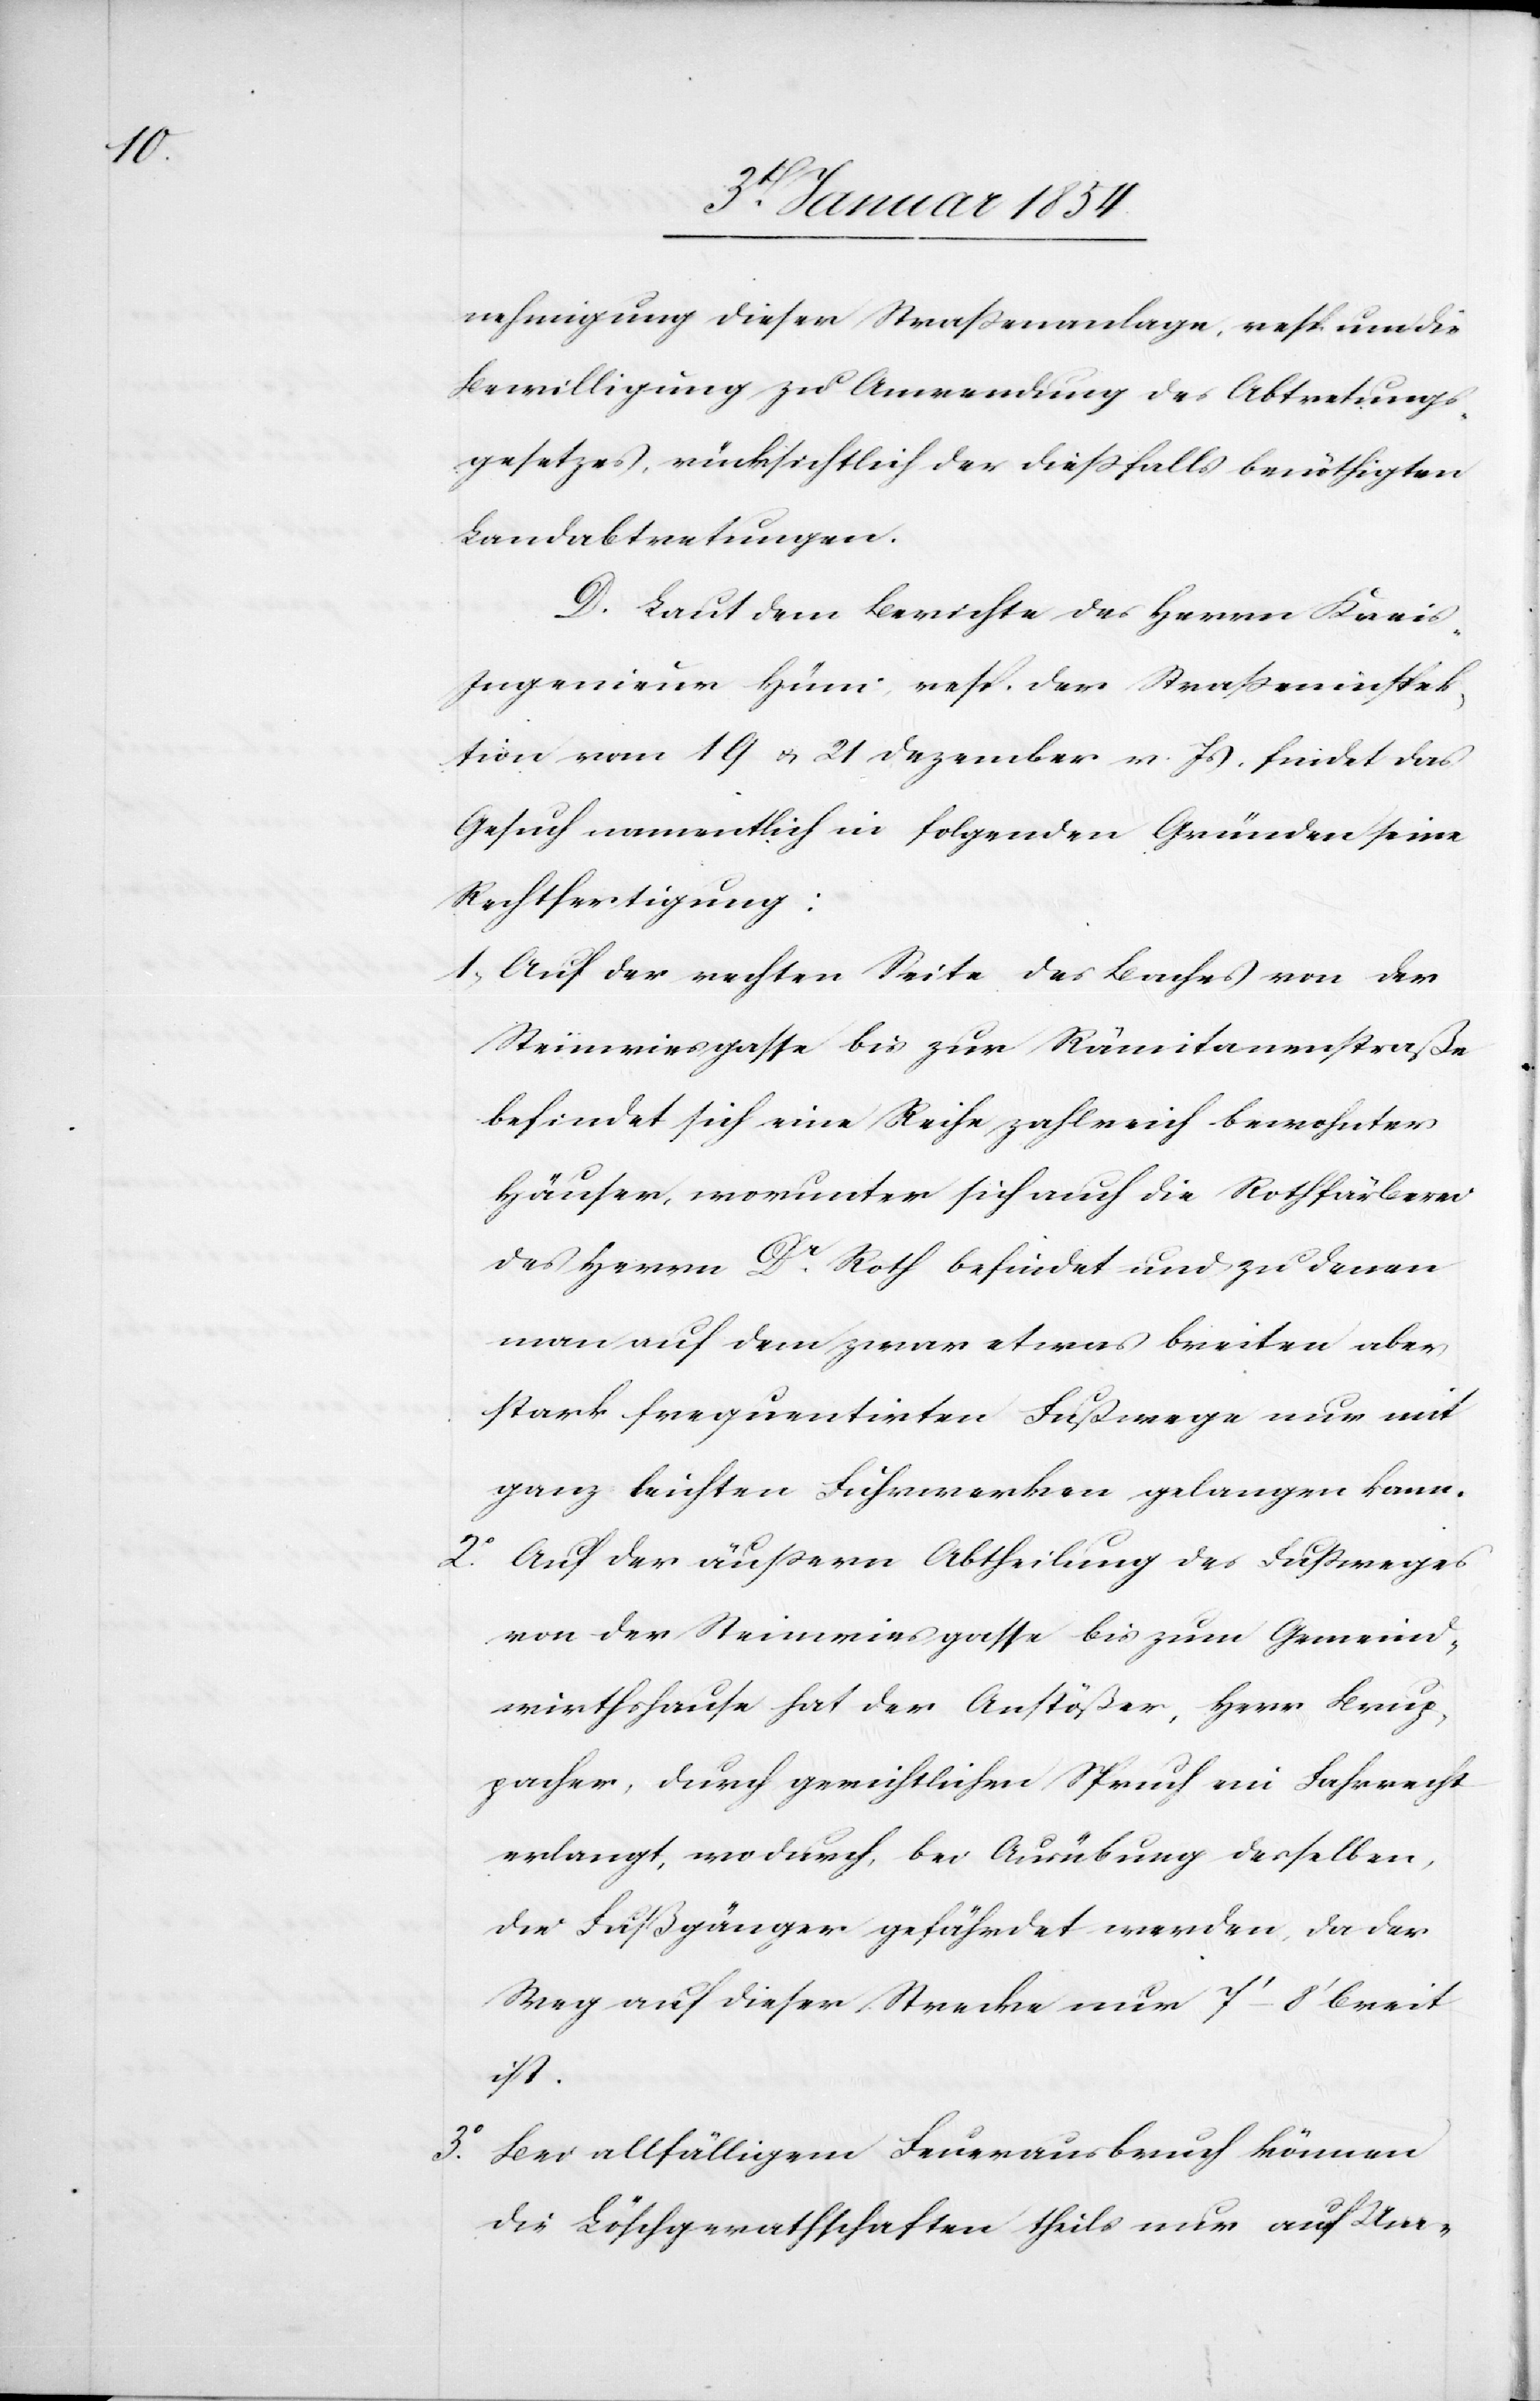
3o.

nehmigung dieser Straßenanlage, resp. um die
Bewilligung zu Anwendung des Abtretungs¬
gesetzes, rücksichtlich der dießfalls benöthigten
Landabtretungen.
D. Laut dem Berichte des Herrn Krei¬
s-Ingenieur Hüni, resp. der Straßeninspek¬
tion vom 19 u. 21 Dezember v. Js. findet das
Gesuch namentlich in folgenden Gründen seine
Rechtfertigung:
1. Auf der rechten Seite des Baches von der
Steinwiesgasse bis zur Rämitanenstraße
befindet sich eine Reihe zahlreich bewohnter
Häuser, worunter sich auch die Rothfärberei
des Herrn Dr. Roth befindet und zu denen
man auf dem zwar etwas breiten aber
stark frequentirten Fußwege nur mit
ganz leichten Fuhrwerken gelangen kann.
2o. Auf der äußern Abtheilung des Fußweges
von der Steinwiesgasse bis zum Gemeind¬
wirthshause hat der Anstößer, Herr Brup¬
pacher, durch gerichtlichen Spruch ein Fahrrecht
erlangt, wodurch, bei Ausübung desselben,
die Fußgänger gefährdet werden, da der
Weg auf dieser Strecke nur 7‘–8‘ breit
ist.
Bei allfälligem Feuerausbruch können
die Löschgerathschaften theils nur auf Um-